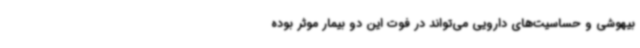
بیهوشی و حساسیت‌های دارویی می‌تواند در فوت این دو بیمار موثر بوده